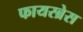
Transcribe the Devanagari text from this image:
फायरब्रेस